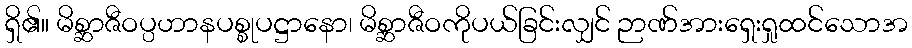
ရှိ၏။ မိစ္ဆာဇီဝပ္ပဟာနပစ္စုပဋ္ဌာနော၊ မိစ္ဆာဇီဝကိုပယ်ခြင်းလျှင် ဉာဏ်အားရှေးရှုထင်သောအ